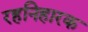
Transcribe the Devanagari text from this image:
रहनिहारक